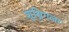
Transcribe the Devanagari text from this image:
शुश्निगला